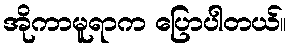
အိုကာမူရာက ပြောပါတယ်။